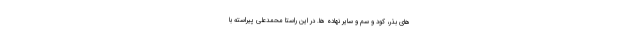
های بذر، کود و سم و سایر نهاده ها. در این راستا محمدعلی پیراسته با